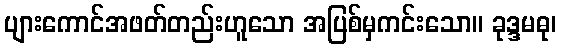
ပျားကောင်အဖတ်တည်းဟူသော အပြစ်မှကင်းသော။ ခုဒ္ဒမဓု၊